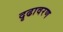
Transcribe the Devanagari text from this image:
दृढावरण